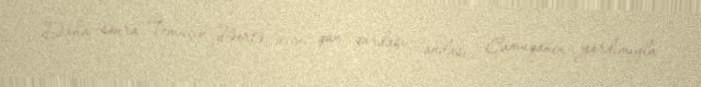
Daha sonra Temuçin Börtə ucini qan qardaşı (andası) Camuqanın yardımıyla